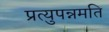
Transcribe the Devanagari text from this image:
प्रत्युपन्नमति